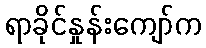
ရာခိုင်နှုန်းကျော်က